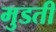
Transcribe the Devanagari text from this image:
मुडती